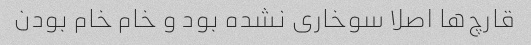
قارچ‌ها اصلا سوخاری نشده بود و خام خام بودن